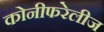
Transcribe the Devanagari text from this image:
कोनीफरेलीज